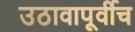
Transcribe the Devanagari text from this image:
उठावापूर्वीच